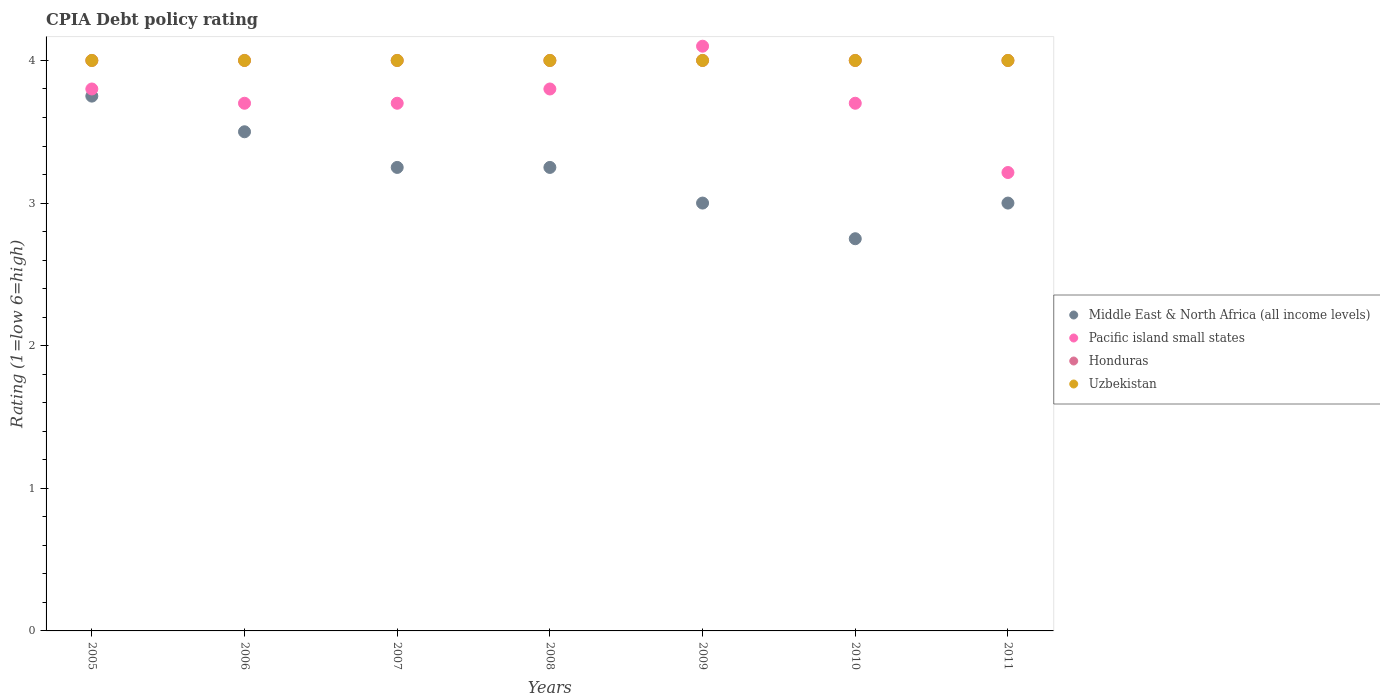
| Years | Middle East & North Africa (all income levels) | Pacific island small states | Honduras | Uzbekistan |
 | --- | --- | --- | --- | --- |
 | 2005 | 3.75 | 3.8 | 4 | 4 |
 | 2006 | 3.5 | 3.7 | 4 | 4 |
 | 2007 | 3.25 | 3.7 | 4 | 4 |
 | 2008 | 3.25 | 3.8 | 4 | 4 |
 | 2009 | 3 | 4.1 | 4 | 4 |
 | 2010 | 2.75 | 3.7 | 4 | 4 |
 | 2011 | 3 | 3.21 | 4 | 4 |